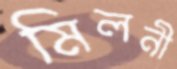
মিলনী